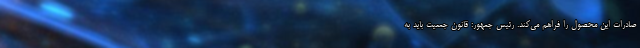
صادرات این محصول را فراهم می‌کند. رئیس جمهور: قانون جمعیت باید به